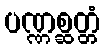
ပဏ္ဏစ္ဆတ္တံ